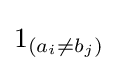
1_{(a_{i}\neq b_{j})}